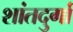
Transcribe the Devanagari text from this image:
शांतदुर्गा